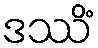
ဒဿိံ